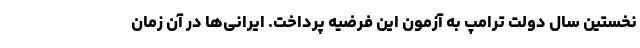
نخستین سال دولت ترامپ به آزمون این فرضیه پرداخت. ایرانی‌ها در آن زمان